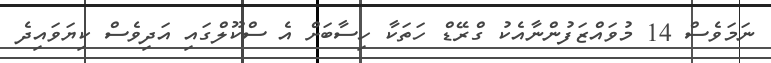
ނަމަވެސް 14 މުވައްޒަފުންނާއެކު ގްރޭޑް ހަތަކާ ހިސާބަށް އެ ސްކޫލްގައި އަދިވެސް ކިޔަވައިދެ